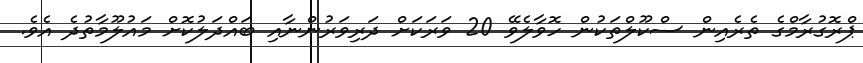
ޕްރޮގުރާމްގެ ތެރެއިން ސްކޫލްތަކުން ހޮވާލެވޭ 20 ވަރަކަށް ދަރިވަރުންނާއި ބައްދަލުކޮށް މައުލޫމާތުދެ އެވެ.